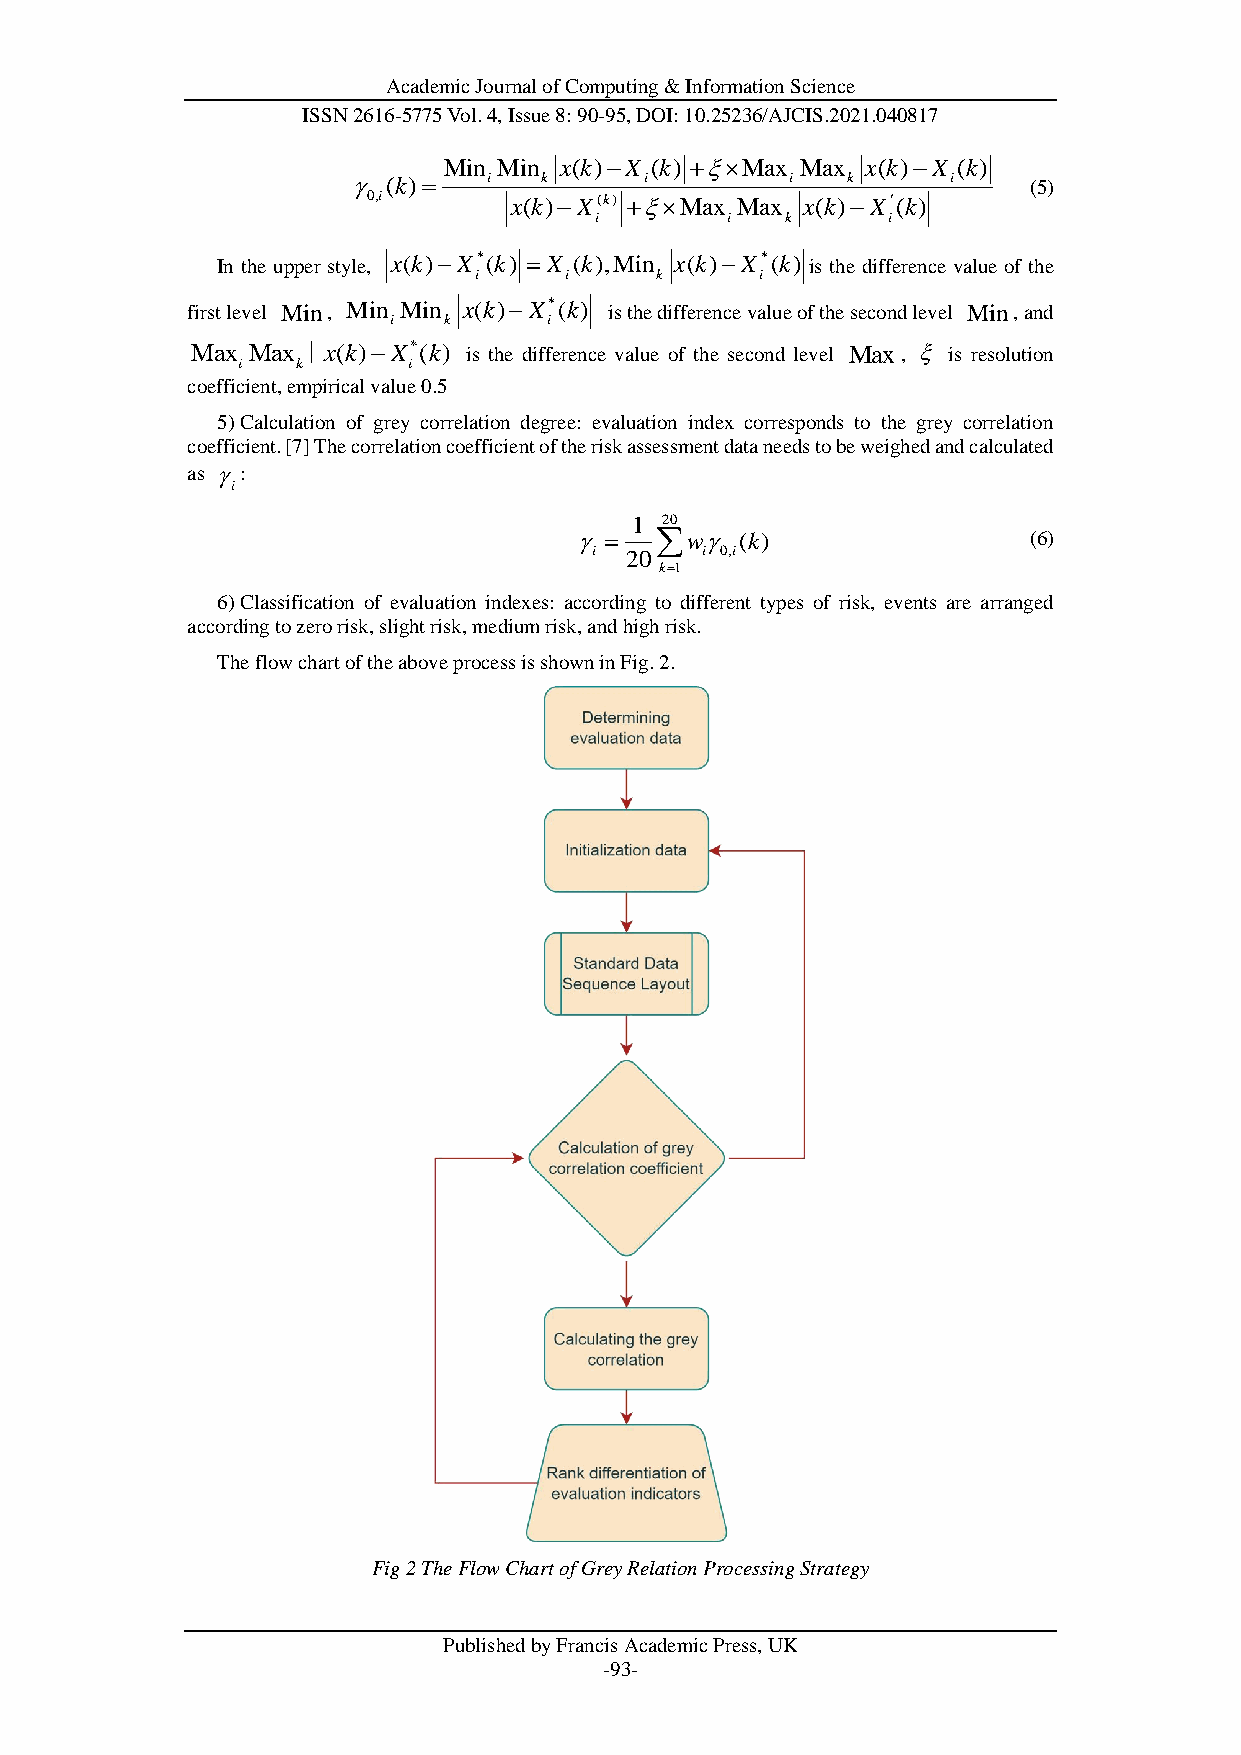
Academic Journal of Computing & Information Science
 ISSN 2616-5775 Vol. 4, Issue 8: 90-95, DOI: 10.25236/AJCIS.2021.040817
 
                                             (5)
 
 In the upper style,                     is the difference value of the
 first level ,               is the difference value of the second level Min, and
 is the difference value of the second level ,  is resolution
 coefficient, empirical value 0.5
 5) Calculation of grey correlation degree: evaluation index corresponds to the grey correlation
 coefficient. [7] The correlation coefficient of the risk assessment data needs to be weighed and calculated
 as :
 i
                             (6)
 6) Classification of evaluation indexes: according to different types of risk, events are arranged
 according to zero risk, slight risk, medium risk, and high risk.
 The flow chart of the above process is shown in Fig. 2.
 Fig 2 The Flow Chart of Grey Relation Processing Strategy
 Published by Francis Academic Press, UK
 -93-
 M a x
 i
 M a
 M
 x
 i
 ∣k
 n
 x (
 M
 k )
 0 ,i
 i n
 
 ( k )
 x ( k
 Mi
 *X
 i
 
 )
 i n
 ( k
 M
 
 k
 )
 i
 X
 x
 n
 *i
 (
 i
 (
 k
 M
 k
 )
 x
 )
 
 i n
 ( k
 
 X
 k
 )
 X
 *i
 x ( k
  X
 ( ki
 ( k )
 ) 
 (k )i
 ) , M
 i
 X
 i
 
 i n
 1
 2 0
 ( k )
  M
 xk
 2 0k
  1
 
 a
 ( k
 w
 i
 x
 )
  M
 Mi
  X
 ( k0
 ,i
 a x
 i
 a x
 k
 * ( k )i
 )
 M
 x (
 a
 k
 x
 )
 k
 
 M
 x
 X
 a
 ( k )
 ( ki
 x
 
 )
 X
 i
 ( k )